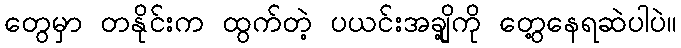
တွေမှာ တနိုင်းက ထွက်တဲ့ ပယင်းအချို့ကို တွေ့နေရဆဲပါပဲ။